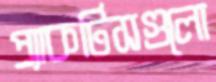
প্র্যাকটিসগুলো